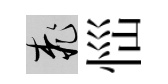
桃𢙉